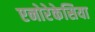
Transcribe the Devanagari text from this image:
एनोरेकेसिया